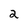
Character: 2